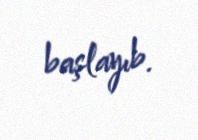
başlayıb.